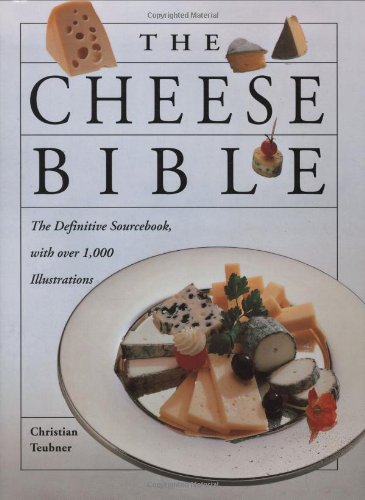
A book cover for The Cheese Bible; Christian Teubner; Cookbooks, Food & Wine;